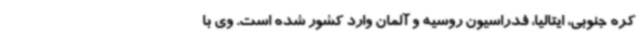
کره جنوبی، ایتالیا، فدراسیون روسیه و آلمان وارد کشور شده است. وی با